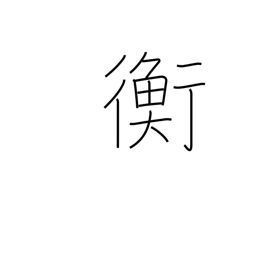
Meaning: equilibrium